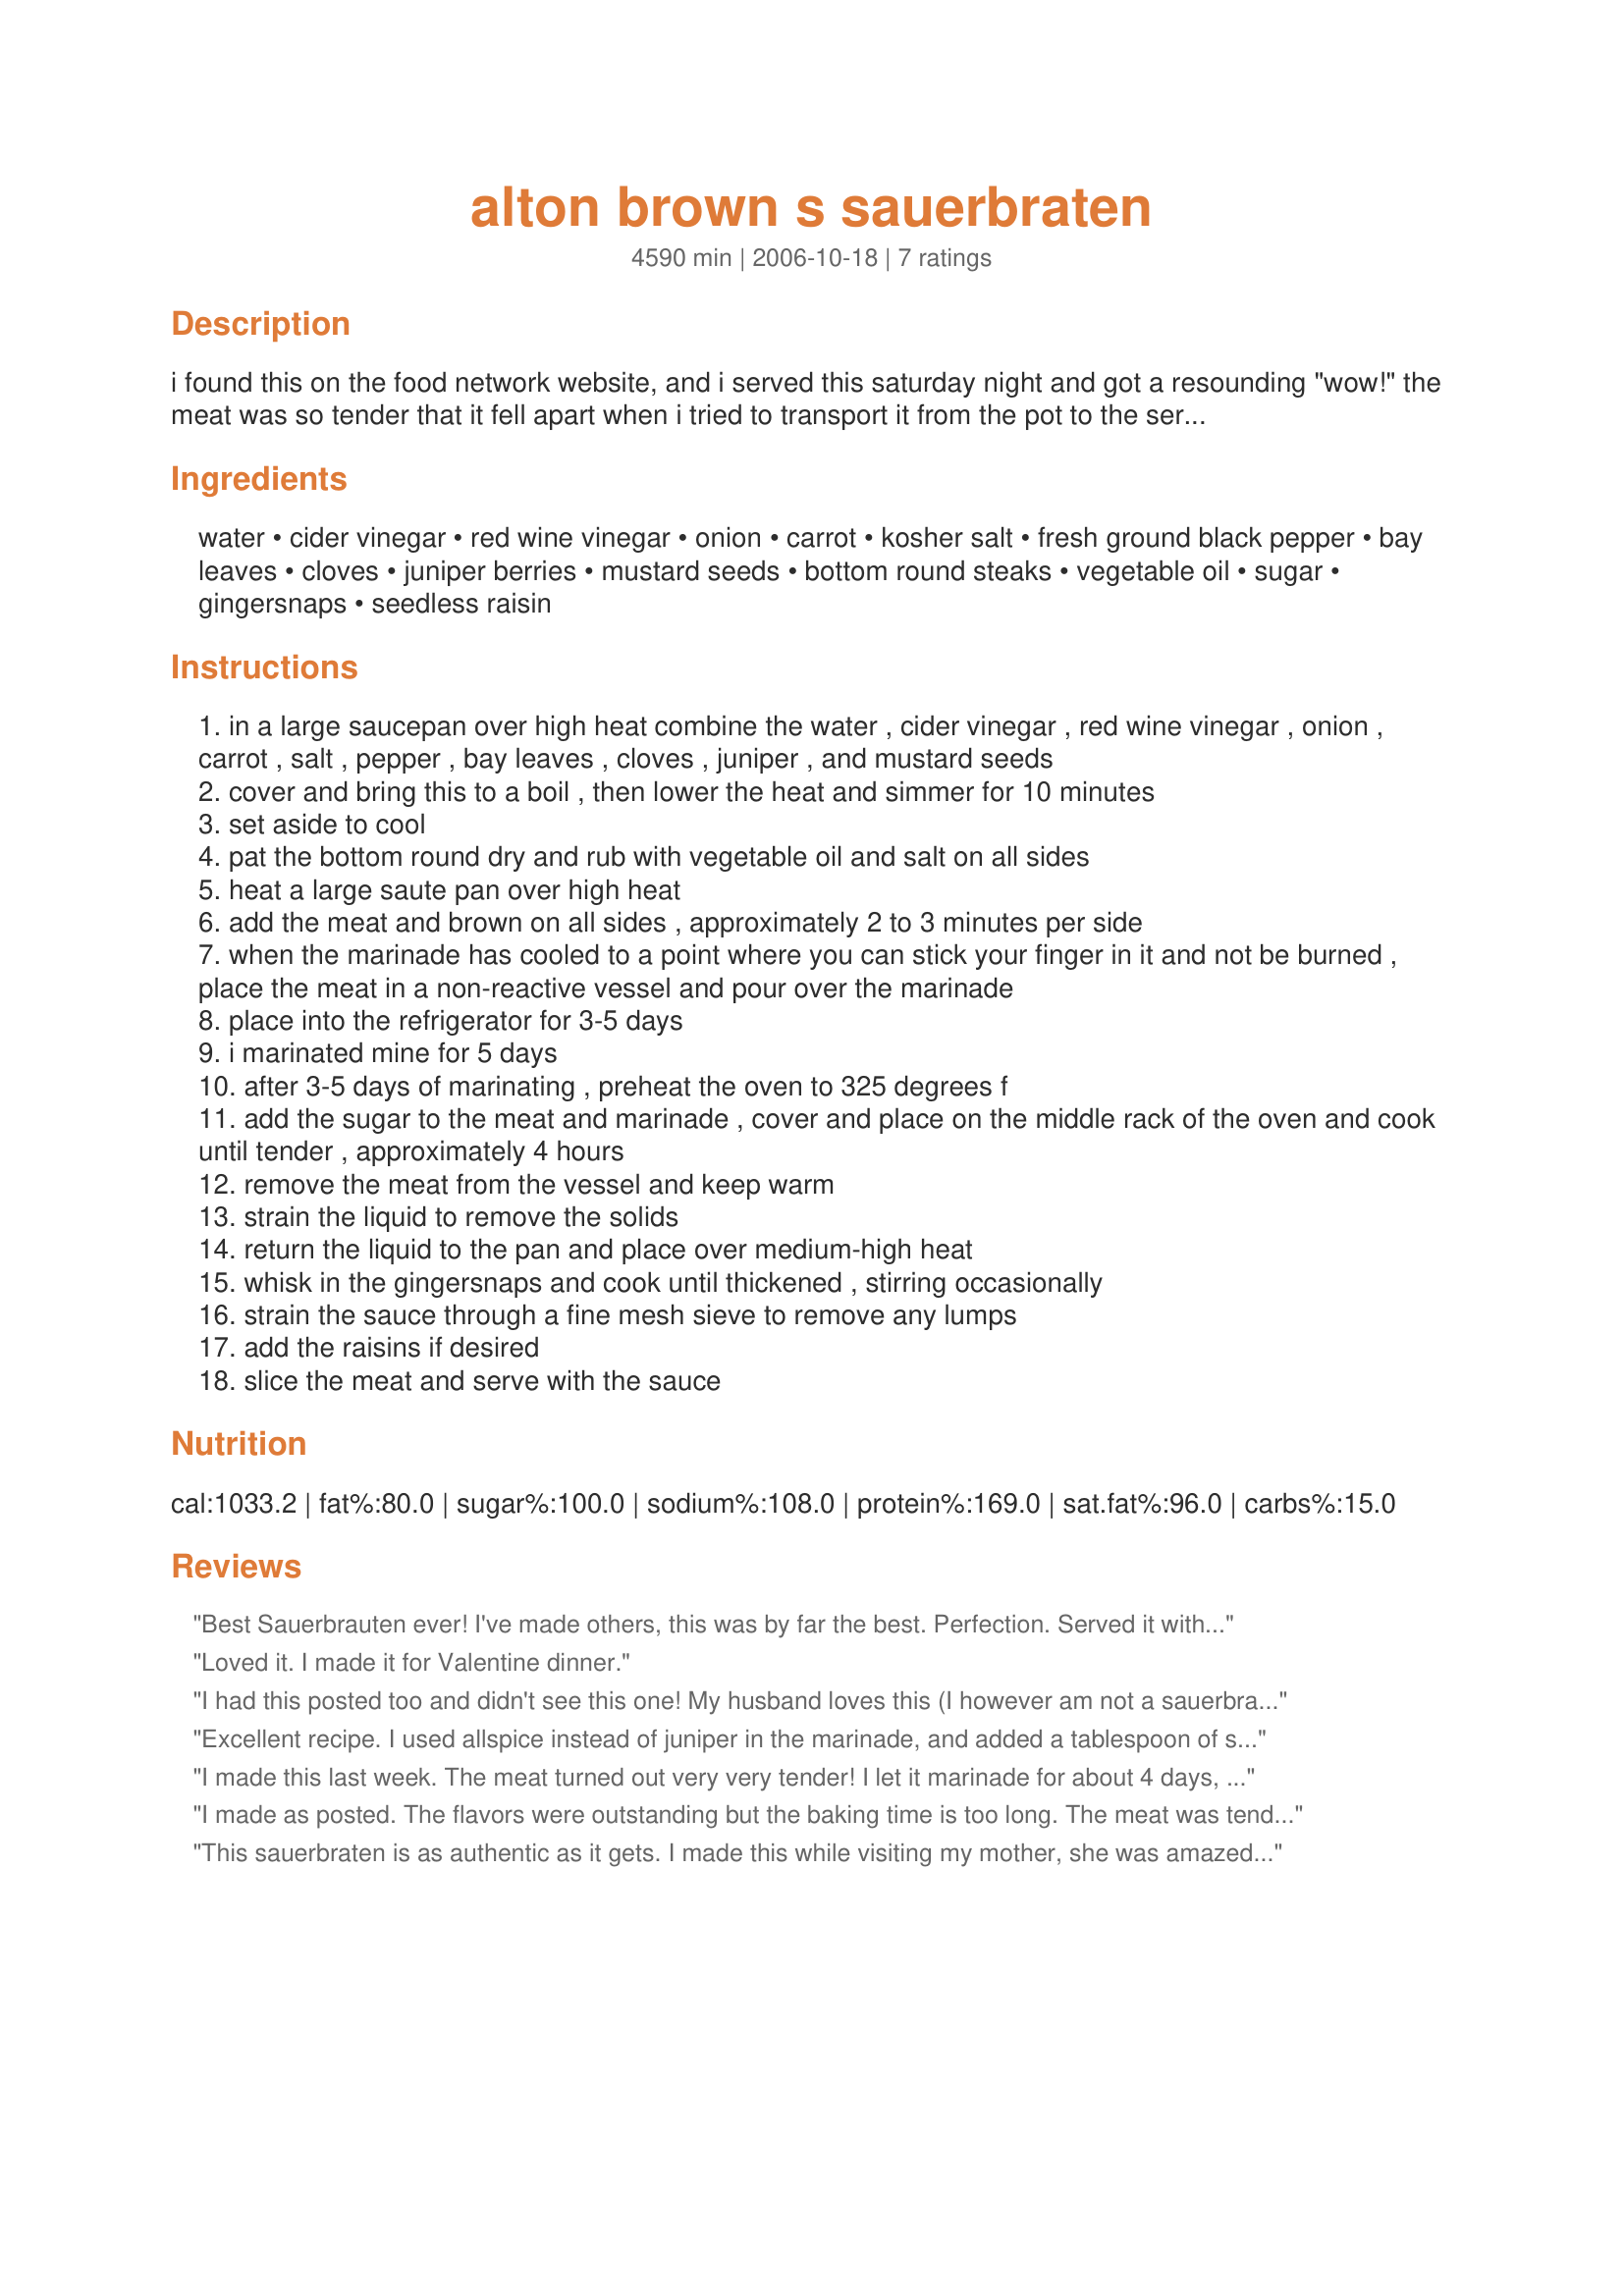
alton brown s sauerbraten
Preparation time: 4590 minutes

i found this on the food network website, and i served this saturday night and got a resounding "wow!" the meat was so tender that it fell apart when i tried to transport it from the pot to the serving platter. both gravy and the sauerbraten got applause. we served it with mashed sweet potatoes, green bean casserole, and sister schubert rolls. yum!

Ingredients:
water, cider vinegar, red wine vinegar, onion, carrot, kosher salt, fresh ground black pepper, bay leaves, cloves, juniper berries, mustard seeds, bottom round steaks, vegetable oil, sugar, gingersnaps, seedless raisin

Steps:
in a large saucepan over high heat combine the water , cider vinegar , red wine vinegar , onion , carrot , salt , pepper , bay leaves , cloves , juniper , and mustard seeds
cover and bring this to a boil , then lower the heat and simmer for 10 minutes
set aside to cool
pat the bottom round dry and rub with vegetable oil and salt on all sides
heat a large saute pan over high heat
add the meat and brown on all sides , approximately 2 to 3 minutes per side
when the marinade has cooled to a point where you can stick your finger in it and not be burned , place the meat in a non-reactive vessel and pour over the marinade
place into the refrigerator for 3-5 days
i marinated mine for 5 days
after 3-5 days of marinating , preheat the oven to 325 degrees f
add the sugar to the meat and marinade , cover and place on the middle rack of the oven and cook until tender , approximately 4 hours
remove the meat from the vessel and keep warm
strain the liquid to remove the solids
return the liquid to the pan and place over medium-high heat
whisk in the gingersnaps and cook until thickened , stirring occasionally
strain the sauce through a fine mesh sieve to remove any lumps
add the raisins if desired
slice the meat and serve with the sauce

Reviews:
Best Sauerbrauten ever! I've made others, this was by far the best. Perfection. Served it with spaetzle and red cabbage & apples. Raves all around.
Loved it. I made it for Valentine dinner.
I had this posted too and didn't see this one! My husband loves this (I however am not a sauerbraten fan). I made it for him for fathers day, let it marinade the full time and if you can't find juniper berries look in a health food store. Thanks for posting!
Excellent recipe. I used allspice instead of juniper in the marinade, and added a tablespoon of spicy brown mustard, a cinnamon stick and a few strips of orange zest. I made it in the crockpot instead of the oven (on low for 8 hours). The meat was not as tender as I'd have liked (maybe because it was in the crockpot?), but very flavorful. I also added a few red-skinned potatoes, quartered, and a few carrots, peeled and cut in 2" chunks. I almost forgot the sugar - added it in the last hour. The sauce thickened up beautifully when the cookie crumbs went in.
I made this last week. The meat turned out very very tender! I let it marinade for about 4 days, so the flavor was very saturated. 
I also used brown sugar instead of granulated sugar, and cooked it in the crock pot. The sauce was fantastic, though I did need use some corn starch to thicken a bit. 
We served this over spaetzle, and there wasn't a morsel of leftovers.
I made as posted. The flavors were outstanding but the baking time is too long. The meat was tender but too dry. I will bake for a shorter period of time, nest time. Thank goodness for the FABULOUS gravy. I used my stick blender to incorporate the gingersnaps and smooth out the gravy. I'm not sure what I was expecting but I could not taste any gingersnaps (which I love). I served along with KittenCal's German potato dumplings and "Awesome German Coleslaw". All recipes in my reviews file. Thanks for posting!
This sauerbraten is as authentic as it gets. I made this while visiting my mother, she was amazed how delicious and easy. Yes, it does require a bit of planning but the reward is well worth it. We had it with red cabbage and mashed potatoes. I cooked it for 3 1/2 hours and didn't use raisins, we loved the gravy, best part. You can find all the spices in your health food store, including the Juniper berries, if not, use 4 teaspoons of Gin. Thanks for posting Lasko!
